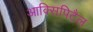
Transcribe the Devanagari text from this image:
आक्सिपिटैल